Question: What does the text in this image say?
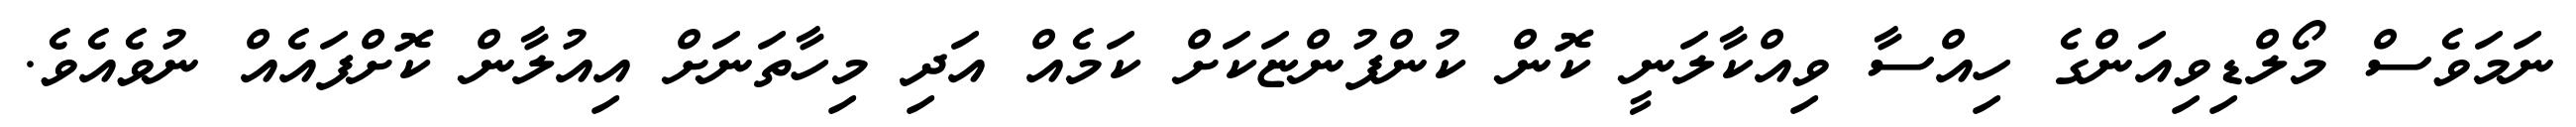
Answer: ނަމަވެސް މޯލްޑިވިއަންގެ ހިއްސާ ވިއްކާލަނީ ކޮން ކުންފުންޏަކަށް ކަމެއް އަދި މިހާތަނަށް އިއުލާން ކޮށްފައެއް ނުވެއެވެ.